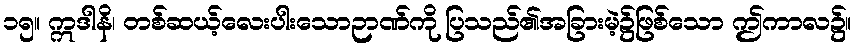
၁၅။ ဣဒါနိ၊ တစ်ဆယ့်လေးပါးသောဉာဏ်ကို ပြသည်၏အခြားမဲ့၌ဖြစ်သော ဤကာလ၌။